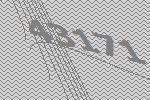
43171